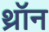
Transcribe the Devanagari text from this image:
थ्रॉन